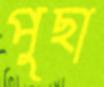
পুছা